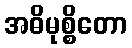
အဓိမုစ္စိတော